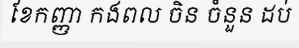
ខែកញ្ញា កងពល ចិន ចំនួន ដប់